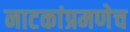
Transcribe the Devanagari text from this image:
नाटकांप्रमणेच